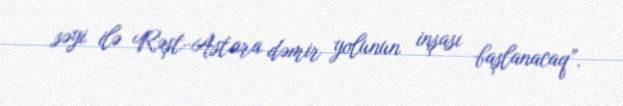
səyi ilə Rəşt-Astara dəmir yolunun inşası başlanacaq”.